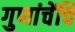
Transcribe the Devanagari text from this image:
गुणांचेंचि